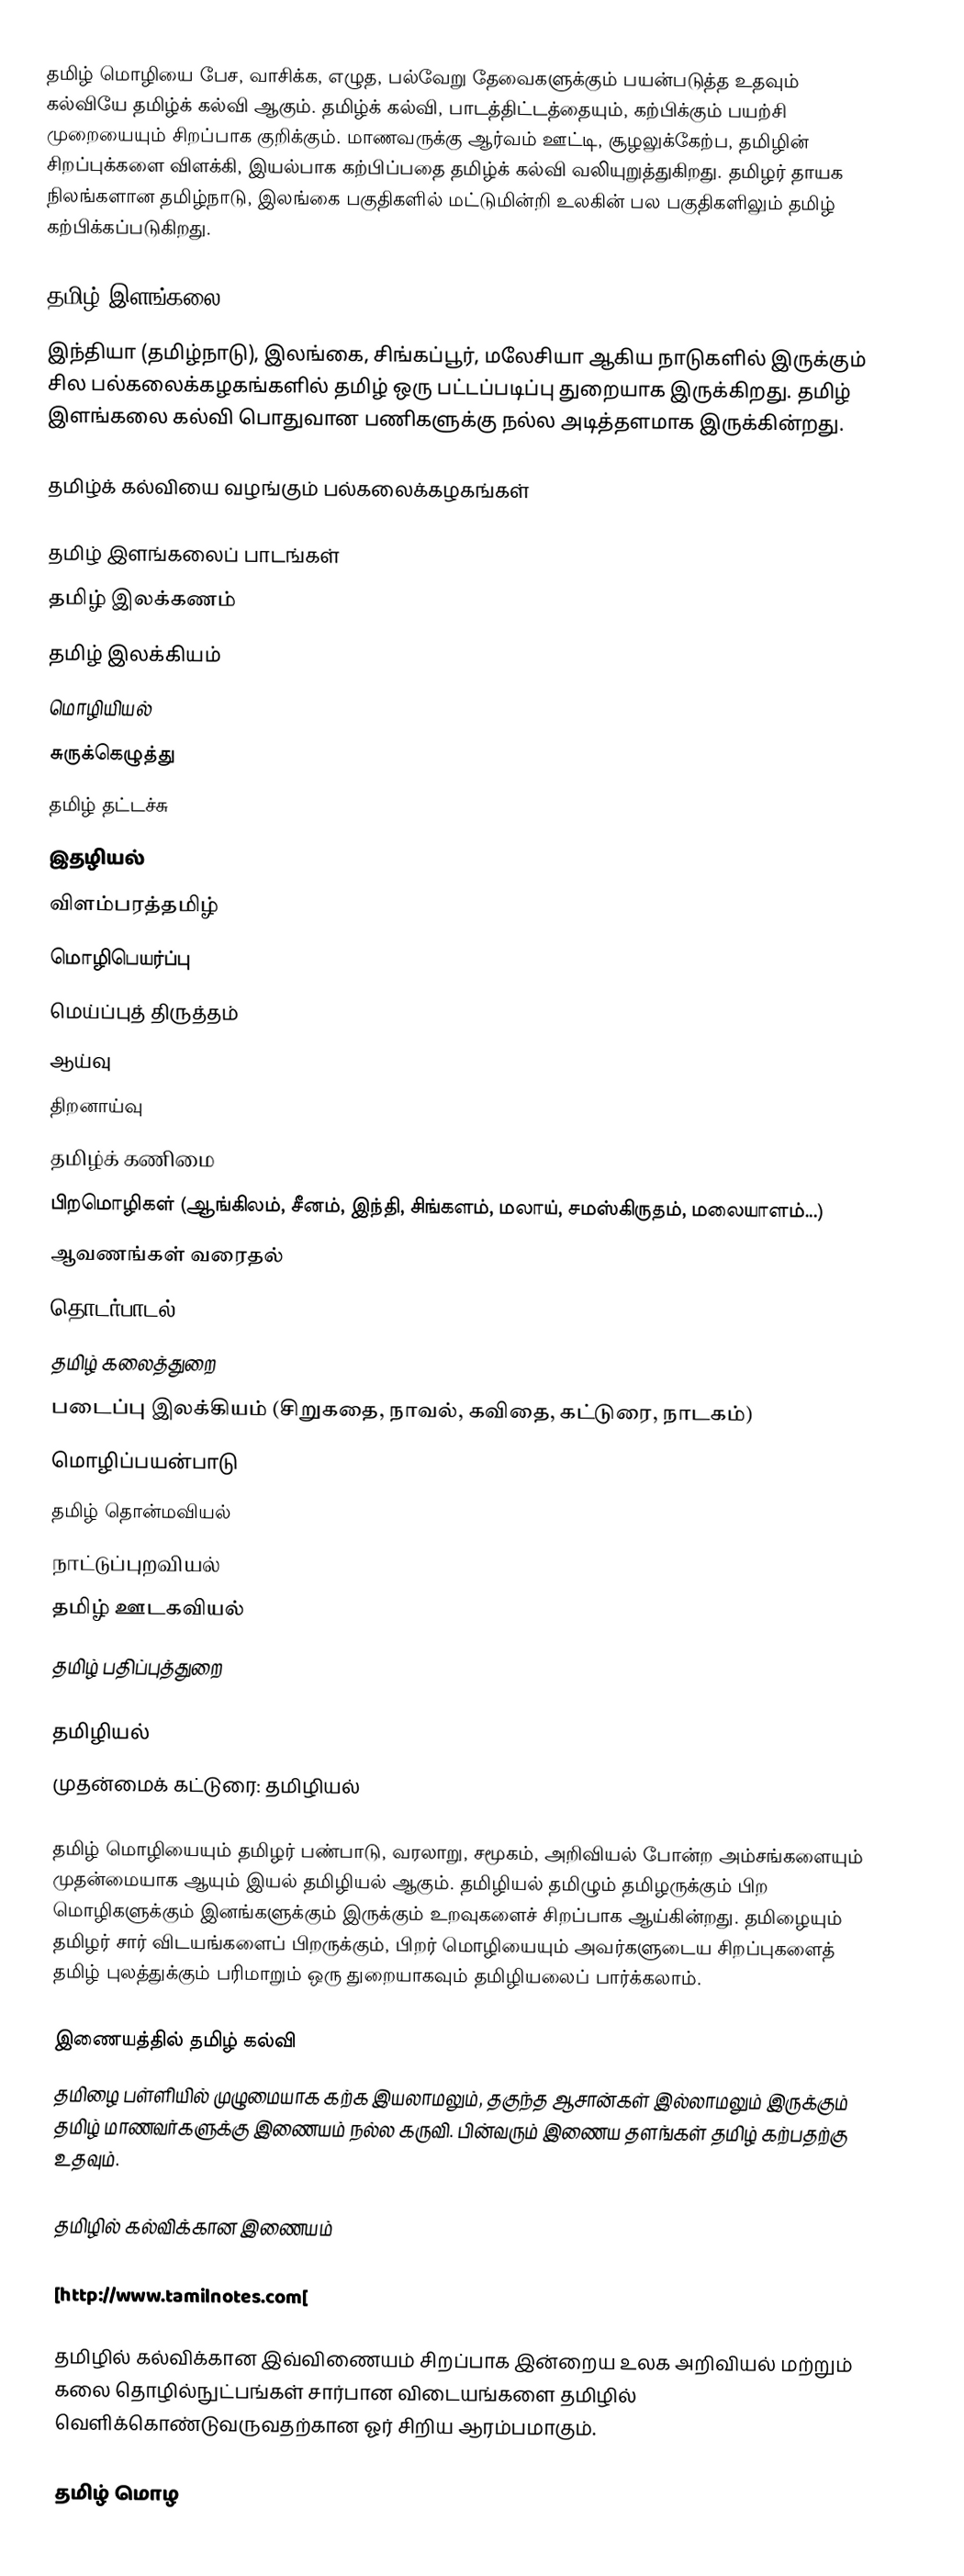
தமிழ் மொழியை பேச, வாசிக்க, எழுத, பல்வேறு தேவைகளுக்கும் பயன்படுத்த உதவும் கல்வியே தமிழ்க் கல்வி ஆகும். தமிழ்க் கல்வி, பாடத்திட்டத்தையும், கற்பிக்கும் பயற்சி முறையையும் சிறப்பாக குறிக்கும். மாணவருக்கு ஆர்வம் ஊட்டி, சூழலுக்கேற்ப, தமிழின் சிறப்புக்களை விளக்கி, இயல்பாக கற்பிப்பதை தமிழ்க் கல்வி வலியுறுத்துகிறது. தமிழர் தாயக நிலங்களான தமிழ்நாடு, இலங்கை பகுதிகளில் மட்டுமின்றி உலகின் பல பகுதிகளிலும் தமிழ் கற்பிக்கப்படுகிறது.

தமிழ் இளங்கலை
இந்தியா (தமிழ்நாடு), இலங்கை, சிங்கப்பூர், மலேசியா ஆகிய நாடுகளில் இருக்கும் சில பல்கலைக்கழகங்களில் தமிழ் ஒரு பட்டப்படிப்பு துறையாக இருக்கிறது. தமிழ் இளங்கலை கல்வி பொதுவான பணிகளுக்கு நல்ல அடித்தளமாக இருக்கின்றது.

தமிழ்க் கல்வியை வழங்கும் பல்கலைக்கழகங்கள்

தமிழ் இளங்கலைப் பாடங்கள்
 தமிழ் இலக்கணம்
 தமிழ் இலக்கியம்
 மொழியியல்
 சுருக்கெழுத்து
 தமிழ் தட்டச்சு
 இதழியல்
 விளம்பரத்தமிழ்
 மொழிபெயர்ப்பு
 மெய்ப்புத் திருத்தம்
 ஆய்வு
 திறனாய்வு
 தமிழ்க் கணிமை
 பிறமொழிகள் (ஆங்கிலம், சீனம், இந்தி, சிங்களம், மலாய், சமஸ்கிருதம், மலையாளம்...)
 ஆவணங்கள் வரைதல்
 தொடர்பாடல்
 தமிழ் கலைத்துறை
 படைப்பு இலக்கியம் (சிறுகதை, நாவல், கவிதை, கட்டுரை, நாடகம்)
 மொழிப்பயன்பாடு
 தமிழ் தொன்மவியல்
 நாட்டுப்புறவியல்
 தமிழ் ஊடகவியல்
 தமிழ் பதிப்புத்துறை

தமிழியல்
முதன்மைக் கட்டுரை: தமிழியல்

தமிழ் மொழியையும் தமிழர் பண்பாடு, வரலாறு, சமூகம், அறிவியல் போன்ற அம்சங்களையும் முதன்மையாக ஆயும் இயல் தமிழியல் ஆகும். தமிழியல் தமிழும் தமிழருக்கும் பிற மொழிகளுக்கும் இனங்களுக்கும் இருக்கும் உறவுகளைச் சிறப்பாக ஆய்கின்றது. தமிழையும் தமிழர் சார் விடயங்களைப் பிறருக்கும், பிறர் மொழியையும் அவர்களுடைய சிறப்புகளைத் தமிழ் புலத்துக்கும் பரிமாறும் ஒரு துறையாகவும் தமிழியலைப் பார்க்கலாம்.

இணையத்தில் தமிழ் கல்வி
தமிழை பள்ளியில் முழுமையாக கற்க இயலாமலும், தகுந்த ஆசான்கள் இல்லாமலும் இருக்கும் தமிழ் மாணவர்களுக்கு இணையம் நல்ல கருவி. பின்வரும் இணைய தளங்கள் தமிழ் கற்பதற்கு உதவும்.

தமிழில் கல்விக்கான இணையம்

[http://www.tamilnotes.com[

தமிழில் கல்விக்கான இவ்விணையம் சிறப்பாக இன்றைய உலக அறிவியல் மற்றும் கலை தொழில்நுட்பங்கள் சார்பான விடையங்களை தமிழில் வெளிக்கொண்டுவருவதற்கான ஓர் சிறிய ஆரம்பமாகும்.

தமிழ் மொழ